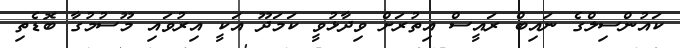
ކައުންސިލްގެ ނައިބް ރައީސް އިތުރަށް ވިދާޅުވީ ކަމަދޫ އަކީ އިރުވައި މޫސުމުގާ ބޮޑެތި